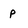
Character: p